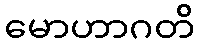
မောဟာဂတိ